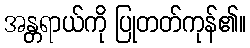
အန္တရာယ်ကို ပြုတတ်ကုန်၏။